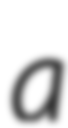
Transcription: a